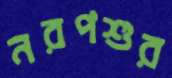
নরপশুর